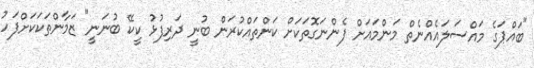
"ބައްޕަގެ މައްސަލައެއްނެތް މަންމައަށް ފެންނަގޮތަކަށް ކަންތައްކުރަން ބުނީ ދަރިފުޅު ކީކޭ ބުނަނީ" ޒަމާންތަކަކަށްފަހު